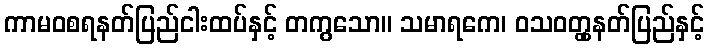
ကာမဝစရနတ်ပြည်ငါးထပ်နှင့် တကွသော။ သမာရကေ၊ ဝသဝတ္တှနတ်ပြည်နှင့်